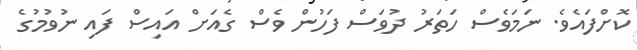
ކޮށްފައެވެ. ނަމަވެސް ހަތަރު ދުވަސް ފަހުން ވެސް ގެއަށް އައިސް ފައި ނުވުމުގެ